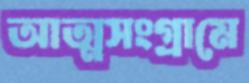
আত্মসংগ্রামে